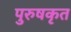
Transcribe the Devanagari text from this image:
पुरुषकृत